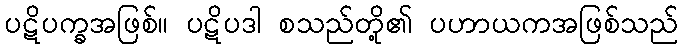
ပဋိပက္ခအဖြစ်။ ပဋိပဒါ စသည်တို့၏ ပဟာယကအဖြစ်သည်